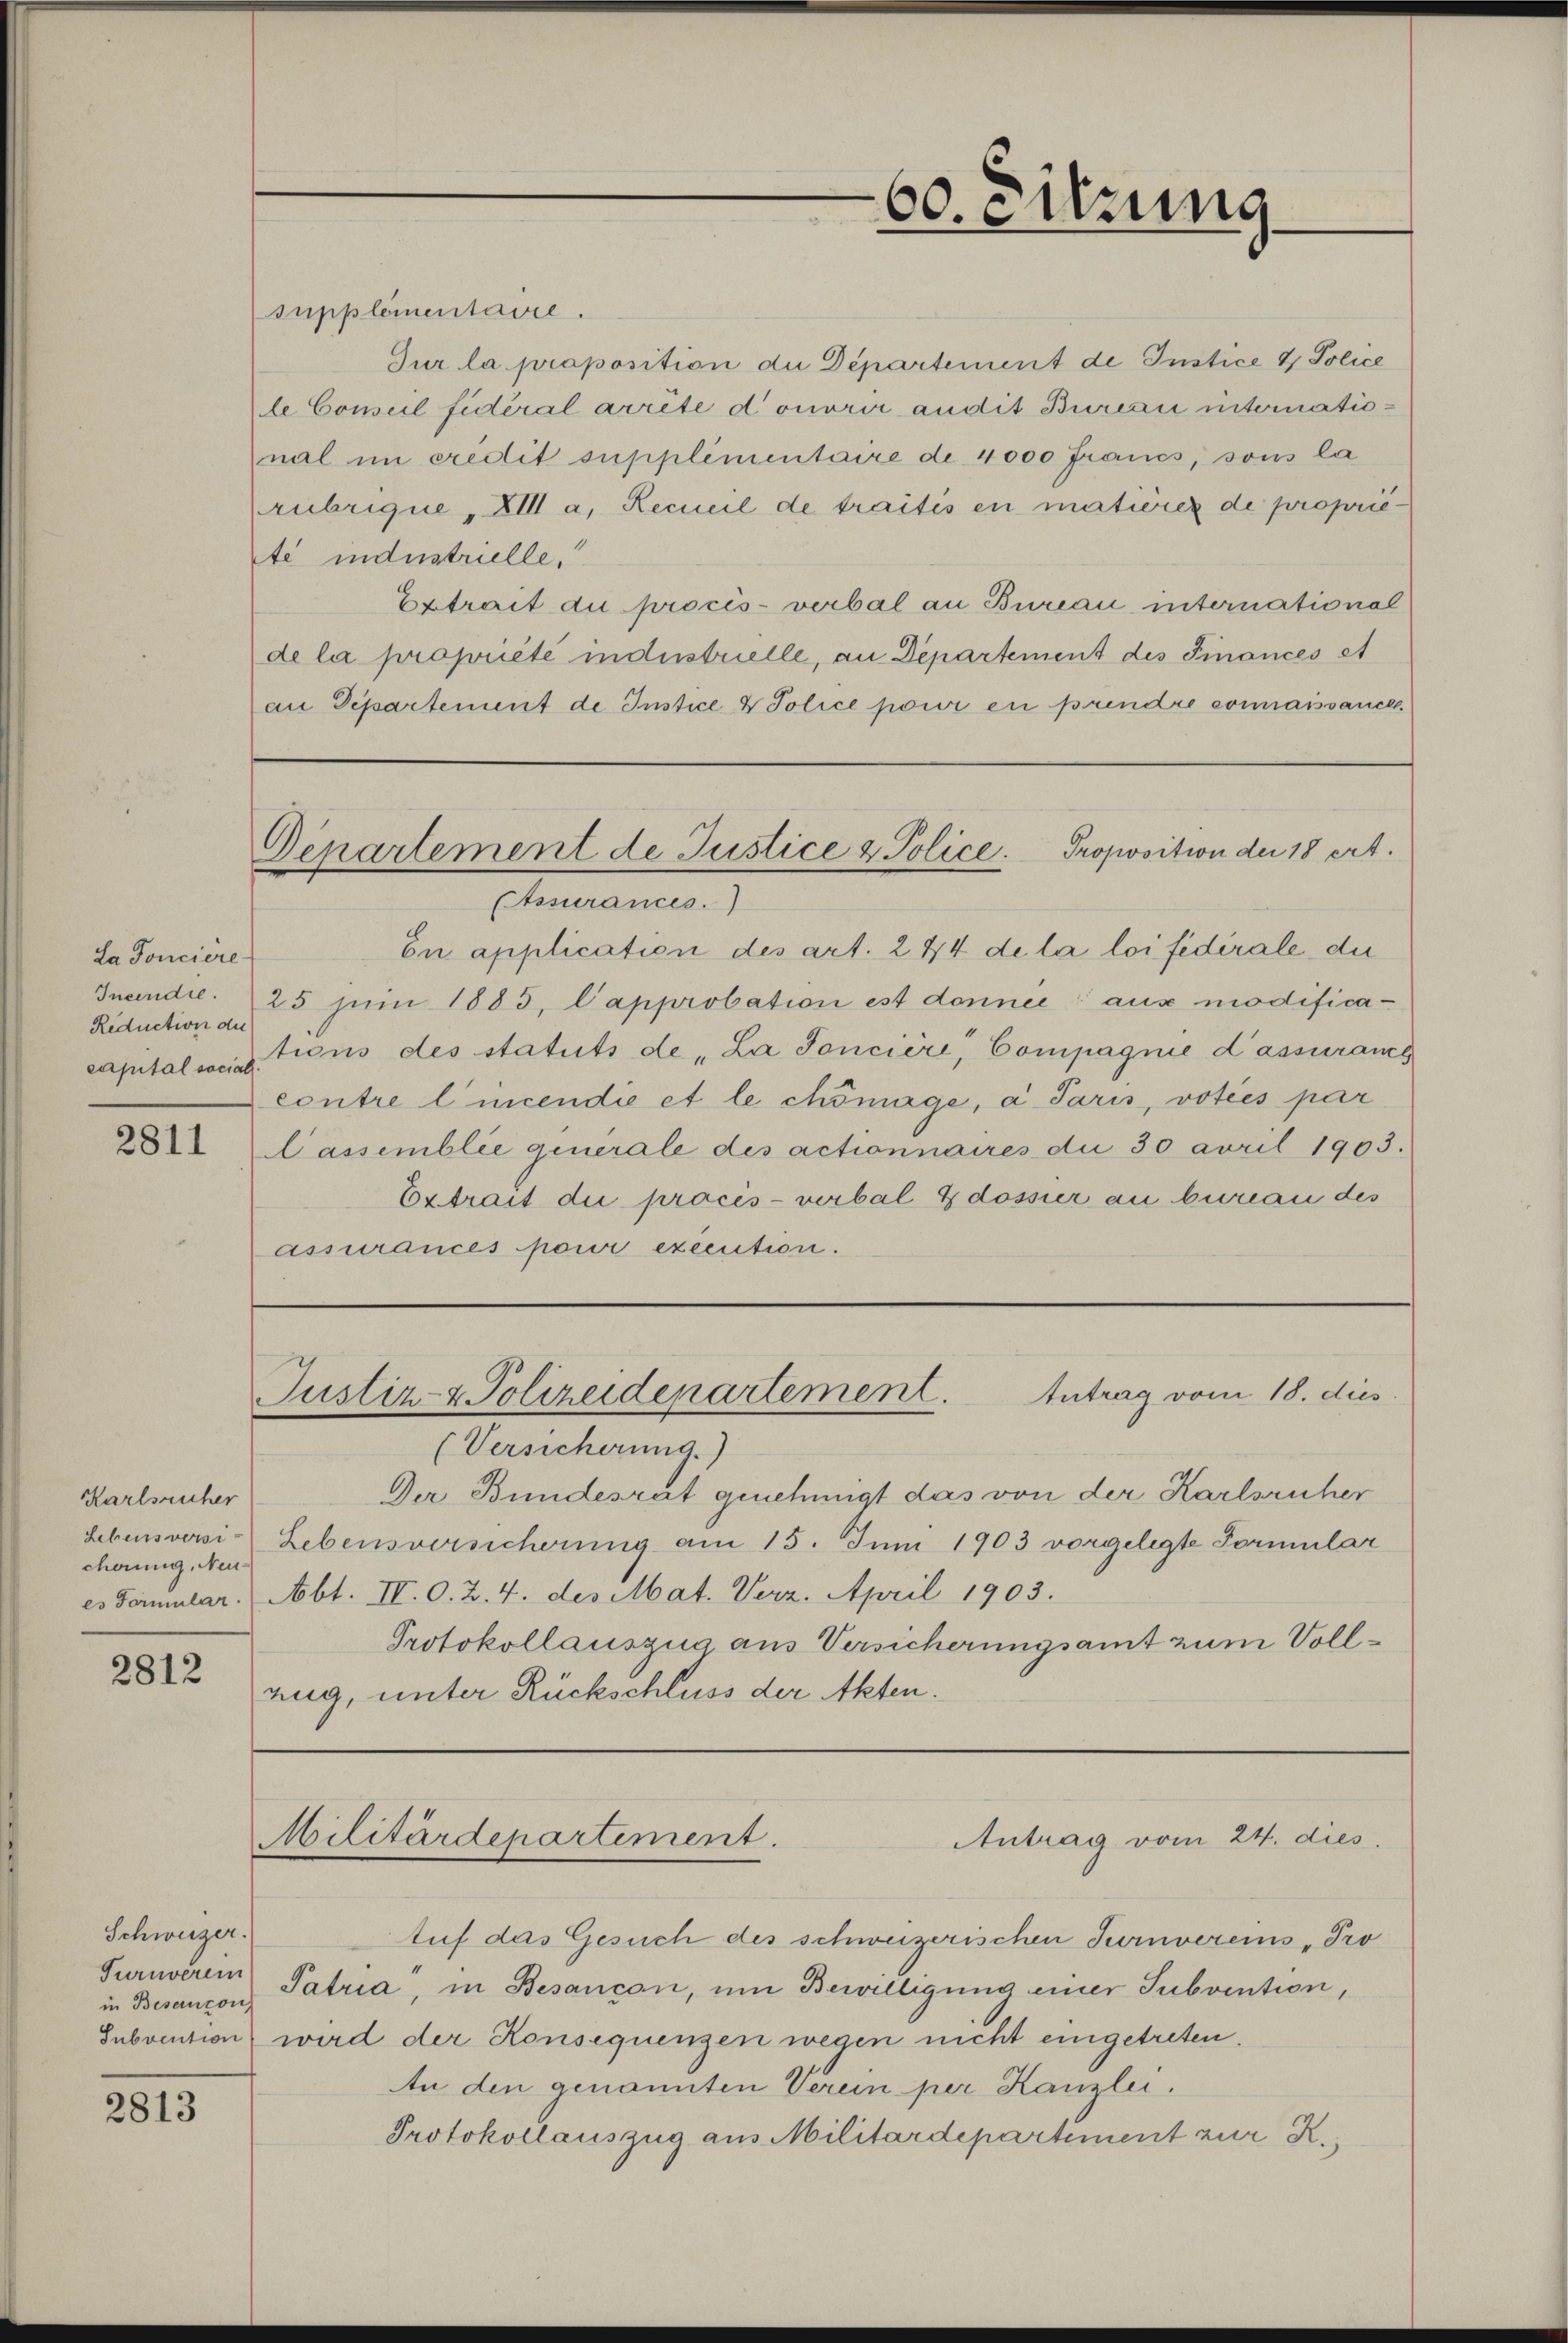
La Ponciere
Reduction der

2811

Karlsruher
cherung, Neu-

2812

Schweizer.
Turnverein
in Beseinzon

2813

Supplementaire.
Jur la proposition die Departement de Instice & Police
le Conseil fidéral arrête donorir audit Bureau international im credit supplimentaire de 4000 Francs, sous la
rubrique, XIII a. Recueil de traités en matière de proprié-
té industrielle.
Extrait du procès-verbal an Bureau international
de la propriété industrielle, an Departement des Finances et
an Departement de Instice & Police pour en prendre connaissance

.
Departement de Justice & Police Proposition der 18 ert.

60. Sitzung

Assurances.)
En application des art. 244 de la loi fédérale du
Incendie. 25 Jŭni 1883. Capprobation ist donnée aus modificacapitalvetions des statuts de „La Soncière, Compagnie d’assurance
contre l’incendie et le chömage, a Paris, voties par
Cassemblic qinerale des actionnaires die 30 avril 1903.
Ertrait die procès-verbal & dossier an berau des
assurances pour execution.

Antrag vom 18. dies
Justiz- & Polizeidepartement.

(Versicherung.)
Der Bundesrat genehmigt das von der Karlsruher
Lebensversi Lebensversicherung am 15. Juni 1903 vorgelegte Formular
es Formular. (Abt. IV. O. Z. 4. des Mat. Verz. April 1903.
Protokollauszug aus Versicherungsamt zum Vollzug, unter Rückschluss der Akten.

Militärdepartement.
Antrag vom 24. dies

tuf das Gesuch des schweizerischen Turnvereins Pro
Patria, in Besançon, um Bewilligung einer Subvention,
Subvention wird der Konsequenzen wegen nicht eingetreten.
An den genannten Verein per Kanzlei.
Protokollauszug aus Militärdepartement zur R.